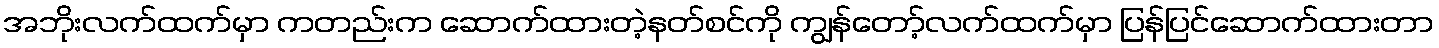
အဘိုးလက်ထက်မှာ ကတည်းက ဆောက်ထားတဲ့နတ်စင်ကို ကျွန်တော့်လက်ထက်မှာ ပြန်ပြင်ဆောက်ထားတာ